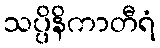
သပ္ပိနိကာတီရံ